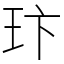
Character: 玣